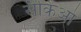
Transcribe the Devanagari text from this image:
सैंकिओ